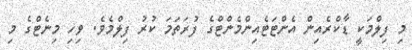
މި ފިލްމަކީ ޑާކްރެއިން އެންޓަޓެއިންމެންޓްގެ ފުރަތަމަ ކުރު ފިލްމެވެ. ވިހި މިނެޓްގެ މި